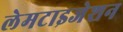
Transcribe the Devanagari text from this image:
लेमटाइजेशन